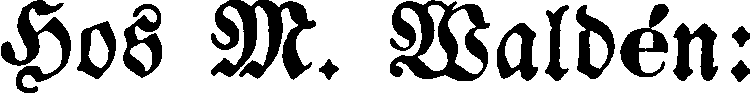
Hos M. Waldén: